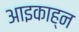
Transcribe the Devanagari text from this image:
आइकाह्न